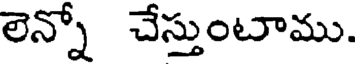
లెన్నో చేస్తుంటాము.